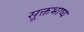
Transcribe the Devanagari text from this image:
सूक्तभाष्य